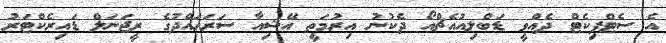
އެ ސެޓްފިކެޓް ދެއްވީ ޑަބްލިއުއެޗްއޯ ދެކުނު އިރުމަތީ އޭޝިއާ ސަރަހައްދުގެ ރީޖަނަލް ޑައިރެކްޓަރު